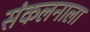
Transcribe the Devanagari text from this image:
संकलनाला